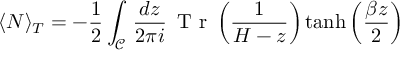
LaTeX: \langle N \rangle _ { T } = - \frac { 1 } { 2 } \int _ { \mathcal { C } } \, \frac { d z } { 2 \pi i } \, \textrm { T r } \left( \frac { 1 } { H - z } \right) \operatorname { t a n h } \left( \frac { \beta z } { 2 } \right)